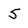
Character: 5